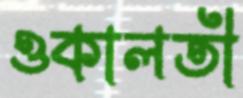
ওকালতী